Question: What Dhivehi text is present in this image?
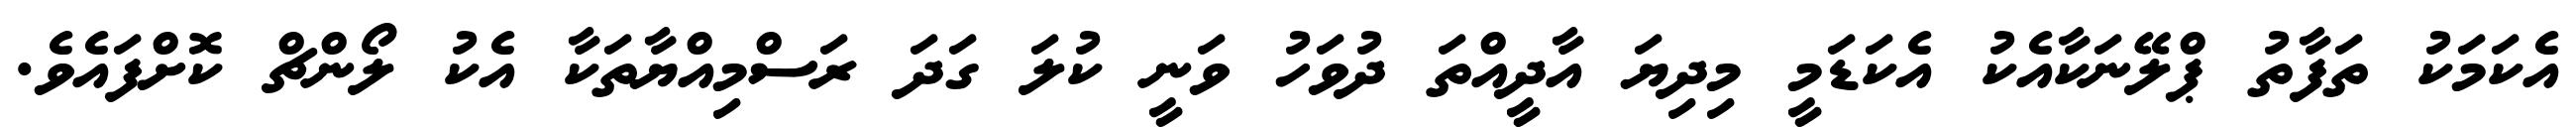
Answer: އެކަމަކު ތަފާތު ޕްލޭނަކާއެކު އެކަޑަމީ މިދިޔަ އާދީއްތަ ދުވަހު ވަނީ ކުލަ ގަދަ ރަސްމިއްޔާތަކާ އެކު ލޯންޗް ކޮށްފައެވެ.